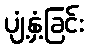
ပျံ့နှံ့ခြင်း